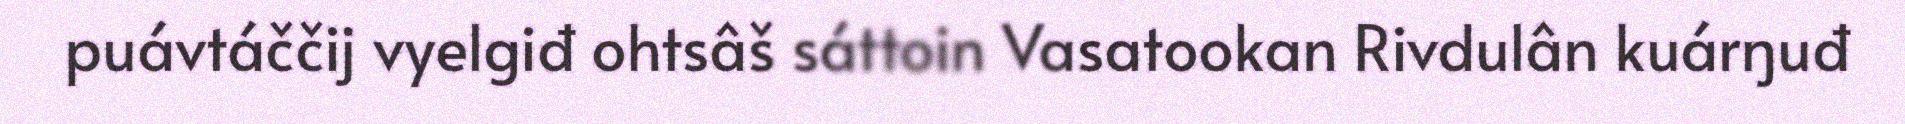
puávtáččij vyelgiđ ohtsâš sáttoin Vasatookan Rivdulân kuárŋuđ